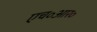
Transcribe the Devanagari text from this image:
एच॰आर॰